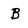
Character: B